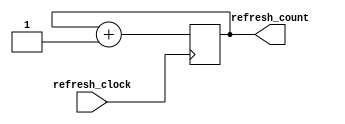
module refreshCounter(
    input refresh_clock,
    output reg [1:0] refresh_count = 0);

always @(posedge refresh_clock)
begin
    refresh_count <= refresh_count + 1'b1;
end
endmodule